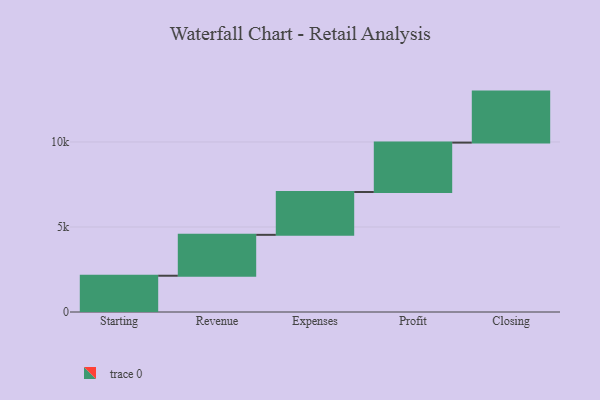
{"axis": {"x": "Step", "y": "Value"}, "legend": [""], "data": [{"x": "Starting", "y": 2133.0, "type": ""}, {"x": "Revenue", "y": 2405.0, "type": ""}, {"x": "Expenses", "y": 2520.0, "type": ""}, {"x": "Profit", "y": 2905.0, "type": ""}, {"x": "Closing", "y": 3000, "type": ""}]}